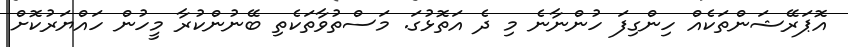
އޮޕަރޭޝަންތަކެއް ހިންގިފަ ހުންނާނެ މި ދެ އަތޮޅުގަ. މަސްތުވާތަކެތި ބޭނުންކުރާ މީހުން ހައްޔަރުކޮށް